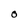
Character: O